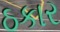
ઠકાર